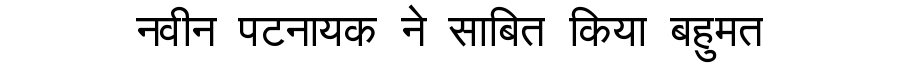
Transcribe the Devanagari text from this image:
नवीन पटनायक ने साबित किया बहुमत